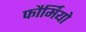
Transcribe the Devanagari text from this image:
फौर्मियो